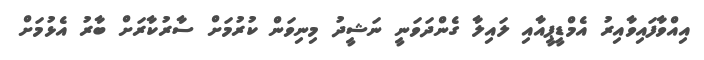
އިއްވާފައިވާއިރު އެމްޑީޕީއާއި ލައިލާ ގެންދަވަނީ ނަޝީދު މިނިވަން ކުރުމަށް ސާރުކާރަށް ބާރު އެޅުމަށް